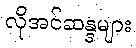
လိုအင်ဆန္ဒများ